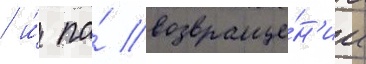
/ и́ по́ возвраще́н'ии